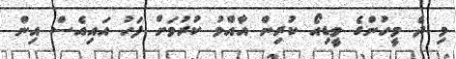
މި ދެ މީހުންގެ ވީޑިއޯ ކުރިން އާއްމު ކުރުމަށް ފަހު އައިއެސް އިން